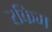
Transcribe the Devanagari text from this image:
रकिम